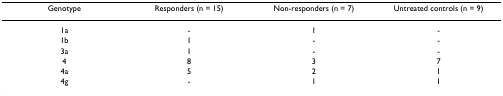
<table><thead><tr><td><b>Genotype</b></td><td><b>Responders (n = 15)</b></td><td><b>Non-responders (n = 7)</b></td><td><b>Untreated controls (n = 9)</b></td></tr></thead><tbody><tr><td>1a</td><td>-</td><td>1</td><td>-</td></tr><tr><td>1b</td><td>1</td><td>-</td><td>-</td></tr><tr><td>3a</td><td>1</td><td>-</td><td>-</td></tr><tr><td>4</td><td>8</td><td>3</td><td>7</td></tr><tr><td>4a</td><td>5</td><td>2</td><td>1</td></tr><tr><td>4g</td><td>-</td><td>1</td><td>1</td></tr></tbody></table>